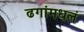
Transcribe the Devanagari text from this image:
ढगांमधलं